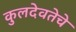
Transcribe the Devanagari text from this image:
कुलदेवतेचे